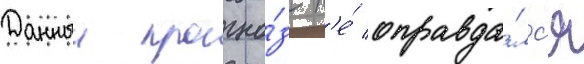
Данныи прогно́з н'е́ оправда́лс'я